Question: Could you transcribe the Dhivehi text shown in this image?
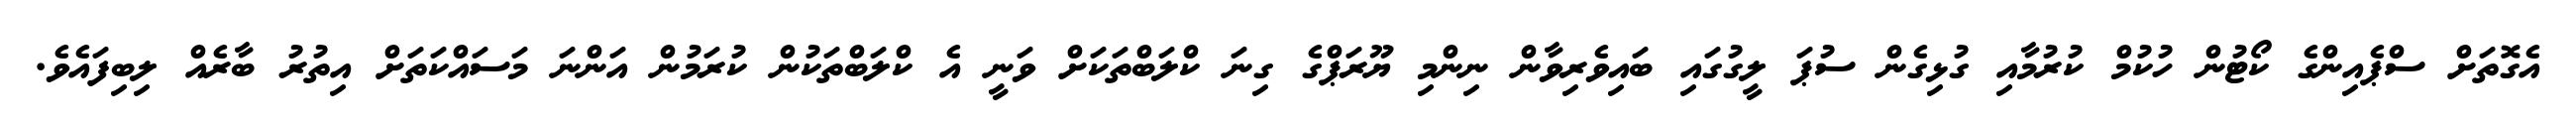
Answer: އެގޮތަށް ސްޕެއިންގެ ކޯޓުން ހުކުމް ކުރުމާއި ގުޅިގެން ސުޕަ ލީގުގައި ބައިވެރިވާން ނިންމި ޔޫރަޕްގެ ގިނަ ކްލަބްތަކަށް ވަނީ އެ ކްލަބްތަކުން ކުރަމުން އަންނަ މަސައްކަތަށް އިތުރު ބާރެއް ލިބިފައެވެ.